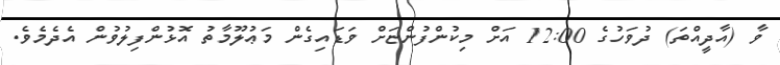
ވާ (އާދީއްތަ) ދުވަހުގެ 12:00 އަށް މިކުންފުންޏަށް ވަޑައިގެން މަޢުލޫމާތު އޮޅުންފިލުވުން އެދެމެވެ.